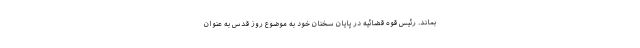
بماند. رئیس قوه قضائیه در پایان سخنان خود به موضوع روز قدس به عنوان